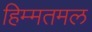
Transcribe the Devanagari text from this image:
हिम्मतमल